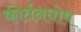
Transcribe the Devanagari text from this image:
कीर्तनघोष